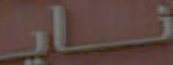
ناي